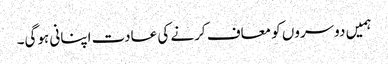
ہمیں دوسروں کو معاف کرنے کی عادت اپنانی ہوگی۔